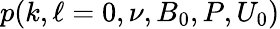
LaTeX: p(k,\ell=0,\nu,B_{0},P,U_{0})